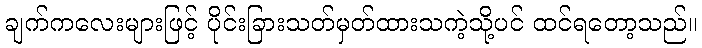
ချက်ကလေးများဖြင့် ပိုင်းခြားသတ်မှတ်ထားသကဲ့သို့ပင် ထင်ရတော့သည်။